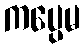
ကပ္ပေမ